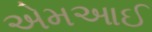
એમઆઈ